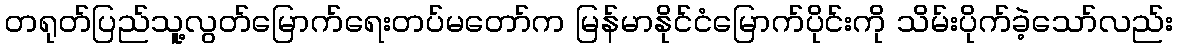
တရုတ်ပြည်သူ့လွတ်မြောက်ရေးတပ်မတော်က မြန်မာနိုင်ငံမြောက်ပိုင်းကို သိမ်းပိုက်ခဲ့သော်လည်း